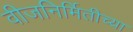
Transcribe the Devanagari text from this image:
वीजनिर्मितीच्या